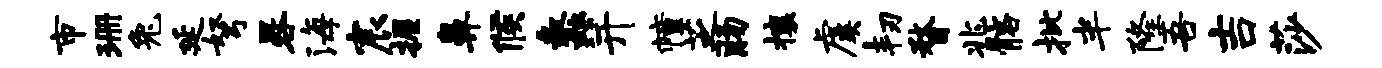
市珊兔延弩晷海宸握鼻候蠡并幢芝肠攘虞韧瞀兆髂批半隆吾吉莎